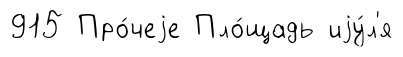
915 Про́чеjе Пло́щадь иjу́л'я